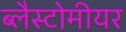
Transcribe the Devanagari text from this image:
ब्लैस्टोमीयर